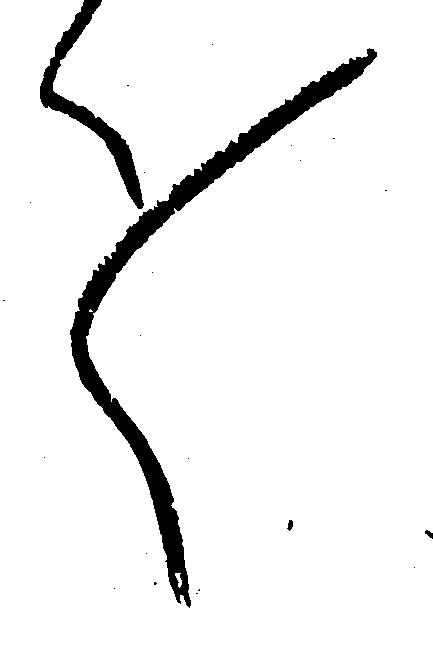
々